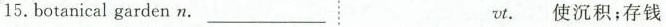
15.Botanical garden n. _____________vt.使沉积;存钱